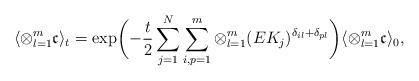
LaTeX: \begin{align*} \langle\otimes_{l = 1}^{m}\mathfrak{c}\rangle_{t}=\exp \biggl( -\frac{t}{2}\sum\limits_{j=1}^N \sum\limits_{i,p = 1}^m\otimes_{l = 1}^m(EK_{j})^{\delta_{il}+\delta_{pl}} \biggr) \langle\otimes_{l = 1}^{m}\mathfrak{c}\rangle_{0}, \end{align*}